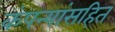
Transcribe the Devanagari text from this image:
कंपन्यांसहित